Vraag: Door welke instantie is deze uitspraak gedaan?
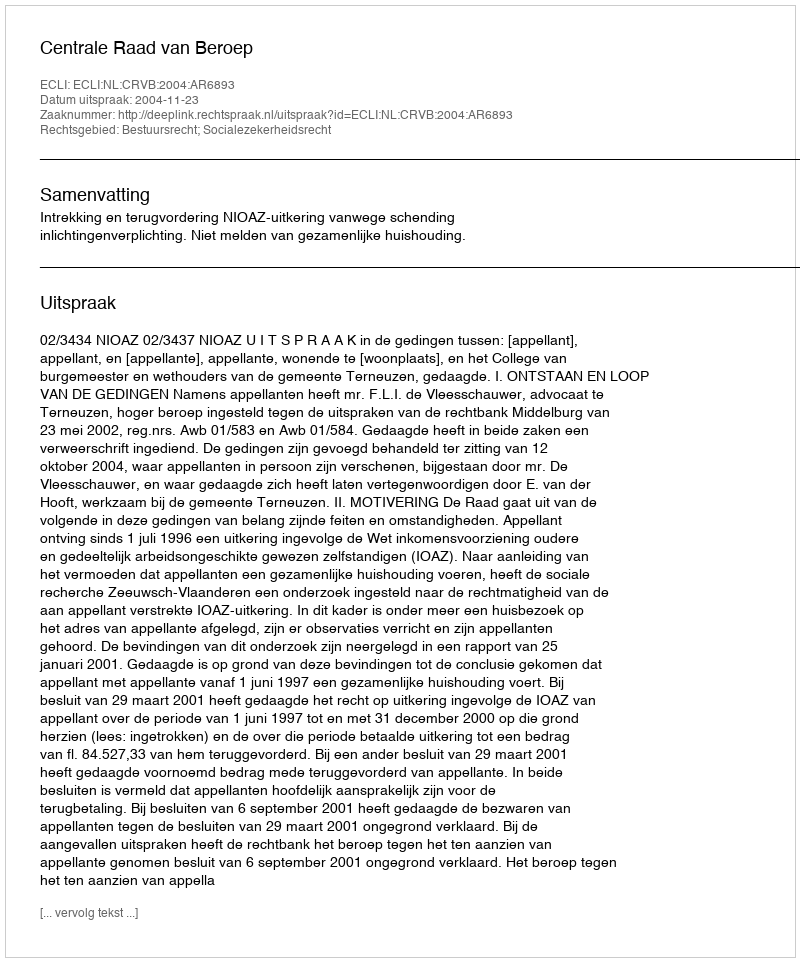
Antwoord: Centrale Raad van Beroep